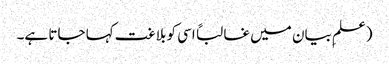
(علمِ بیان میں غالباً اسی کو بلاغت کہا جاتا ہے۔